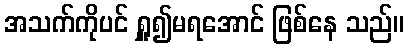
အသက်ကိုပင် ရှူ၍မရအောင် ဖြစ်နေ သည်။